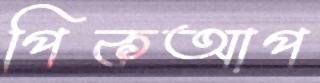
পিকআপ